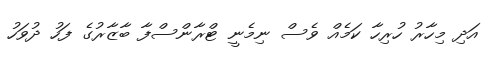
އަދި މިހާރު ހުރިހާ ކަމެއް ވެސް ނިމެނީ ޓްރާންސްފާ ބާޒާރުގެ ފަހު ދުވަހު